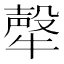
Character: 𤛗